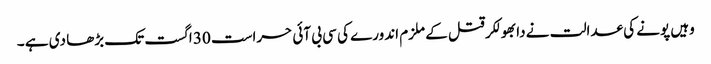
وہیں پونے کی عدالت نے دابھولکر قتل کے ملزم اندورے کی سی بی آئی حراست 30 اگست تک بڑھا دی ہے ۔